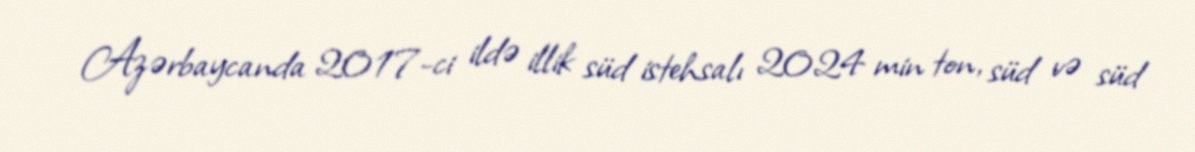
Azərbaycanda 2017-ci ildə illik süd istehsalı 2024 min ton, süd və süd